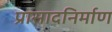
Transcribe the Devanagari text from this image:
प्रासादनिर्माण